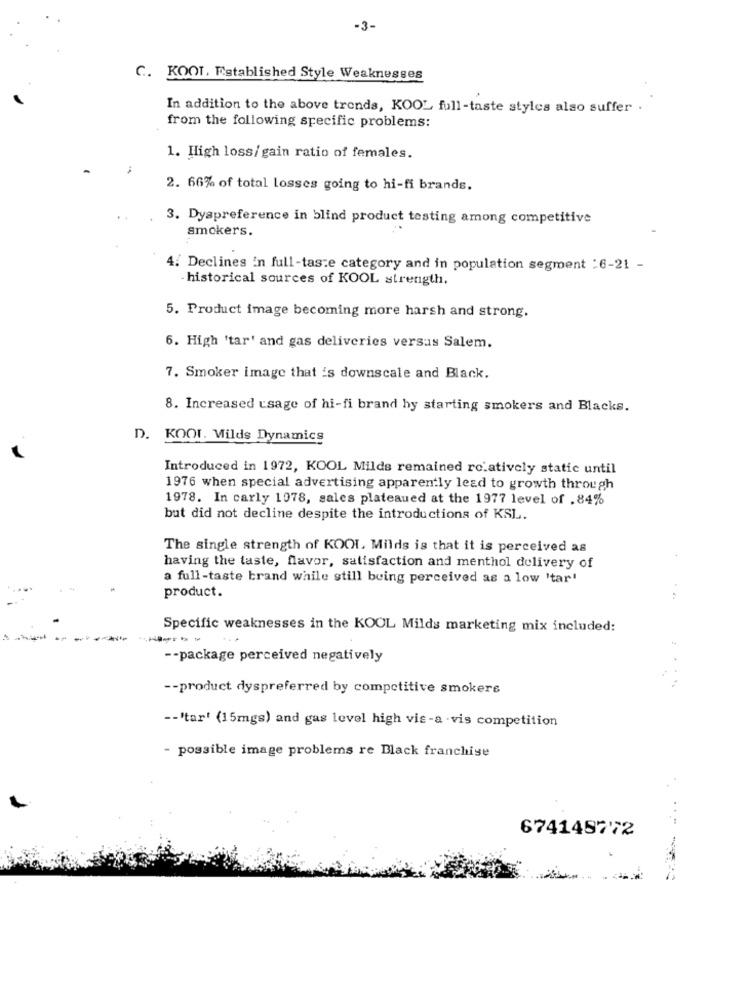
-3-
C. KOOL, Established Style Weaknesses
In addition to the above trends, KOOL full-taste styles also suffer .
from the following specific problems:
1. High loss/gain ratio of females.
2. 66% of total losses going to hi-fi brands.
3. Dyspreference in blind product testing among competitive
Smokers.
4. Declines in full-taste category and in population segment :6-21 -
- historical sources of KOOL strength.
5. Product image becoming more harsh and strong.
6. High 'tar' and gas deliveries versus Salem.
7. Smoker image that 's downscale and Black.
8. Increased usage of hi-fi brand by starting smokers and Blacks.
D. KOOL. Milds Dynamics
Introduced in 1972, KOOL Milds remained ro.atively static until
1976 when special advertising apparently lead to growth through
1978. In carly 1978, sales plateaued at the 1977 level of .84%
but did not decline despite the introductions of KSL.
The single strength of KOOL, Milds is that it is perceived as
having the taste, flavor, satisfaction and menthol delivery of
a full-taste brand while still being perceived as a low 'tar!
product.
Specific weaknesses in the KOOL Milds marketing mix included:
-- package perceived negatively
-- product dyspreferred by competitive smokere
-- 'tar' (15mgs) and gas level high vis-a-vis competition
- possible image problems re Black franchise
674145772